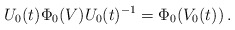
\begin{align*} U_0(t)\Phi_0(V)U_0(t)^{-1}=\Phi_0(V_0(t))\, .\end{align*}